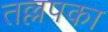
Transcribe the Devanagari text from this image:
तल्लपका